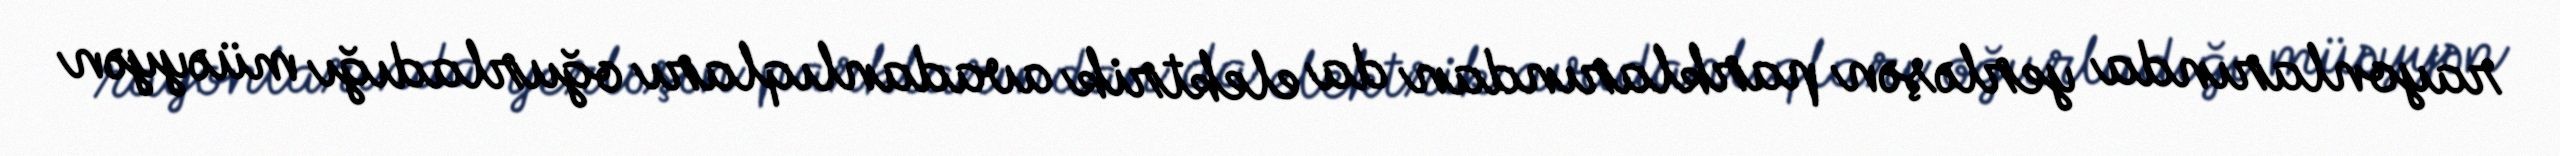
rayonlarında yerləşən parklarından da elektrik avadanlıqları oğurladığı müəyyən